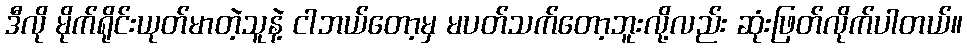
ဒီလို မိုက်ရိုင်းယုတ်မာတဲ့သူနဲ့ ငါဘယ်တော့မှ မပတ်သက်တော့ဘူးလို့လည်း ဆုံးဖြတ်လိုက်ပါတယ်။